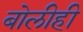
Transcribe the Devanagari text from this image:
बोलीही